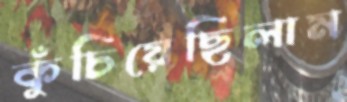
কুঁচিয়েছিলাম